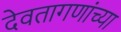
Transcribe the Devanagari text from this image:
देवतागणांच्या